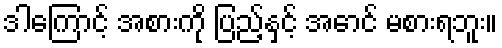
ဒါကြောင့် အစားကို ပြည့်နှင့် အောင် မစားရဘူး။